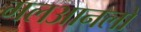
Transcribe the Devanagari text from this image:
मलआनलो